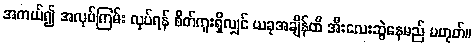
အကယ်၍ အလုပ်ကြမ်း လုပ်ရန် စိတ်ကူးရှိလျှင် ယခုအချိန်ထိ အီးလေးဆွဲနေမည် မဟုတ်။